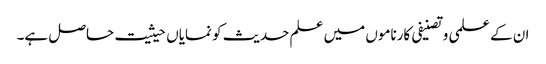
ان کے علمی وتصنیفی کارناموں میں علم حدیث کو نمایاں حیثیت حاصل ہے۔